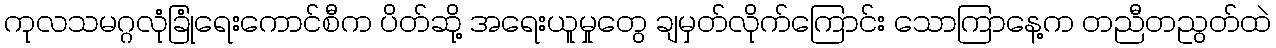
ကုလသမဂ္ဂလုံခြုံရေးကောင်စီက ပိတ်ဆို့ အရေးယူမှုတွေ ချမှတ်လိုက်ကြောင်း သောကြာနေ့က တညီတညွတ်ထဲ